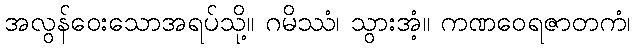
အလွန်ဝေးသောအရပ်သို့။ ဂမိဿံ၊ သွားအံ့။ ကဏဝေရဇာတကံ၊